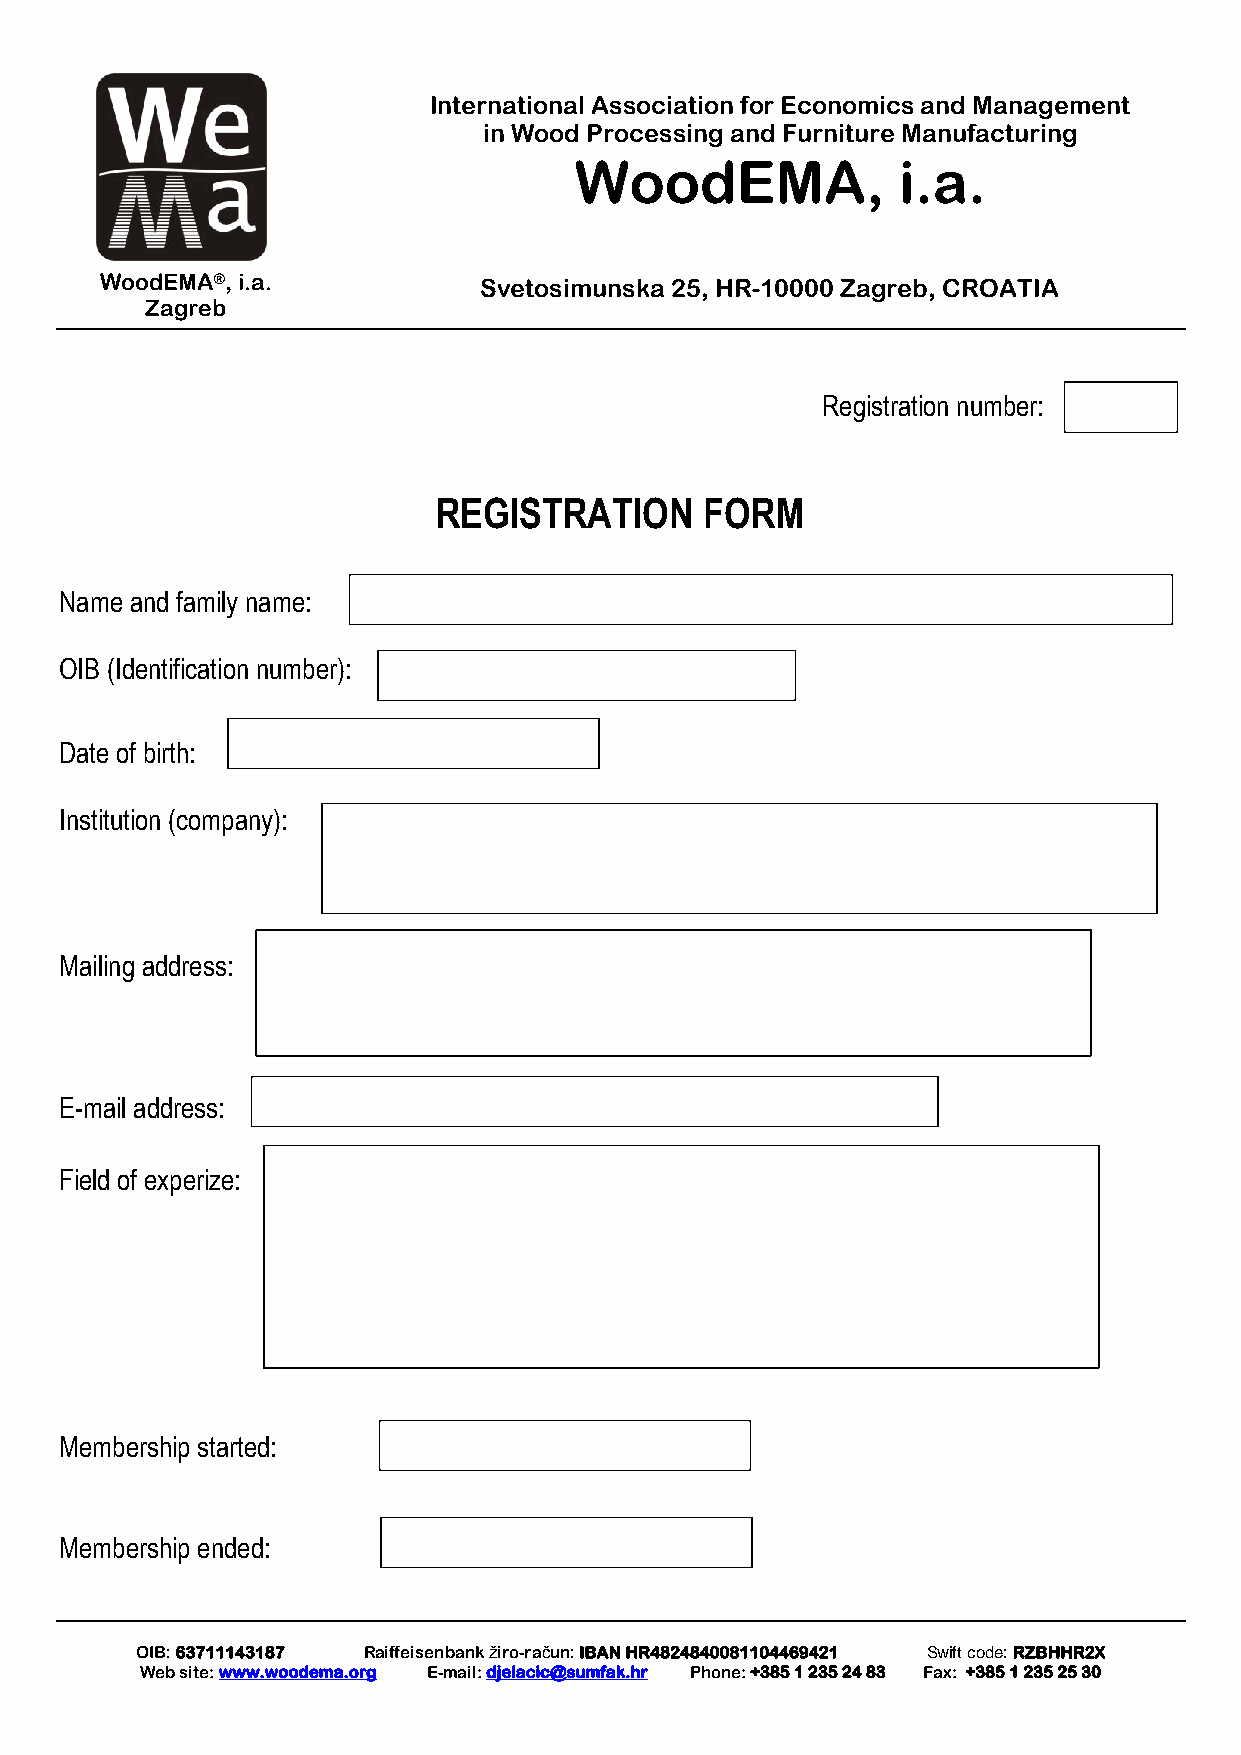
International Association for Economics and Management
 in Wood Processing and Furniture Manufacturing
 WoodEMA,             i.a.
 WoodEMA®, i.a.           Svetosimunska 25, HR-10000 Zagreb, CROATIA
 Zagreb
 Registration number:
 REGISTRATION      FORM
 Name and family name:
 OIB (Identification number):
 Date of birth:
 Institution (company):
 Mailing address:
 E-mail address:
 Field of experize:
 Membership started:
 Membership ended:
 OIB: 63711143187 Raiffeisenbank žiro-račun: IBAN HR4824840081104469421 Swift code: RZBHHR2X
 Web site: www.woodema.org E-mail: djelacic@sumfak.hr Phone: +385 1 235 24 83 Fax: +385 1 235 25 30